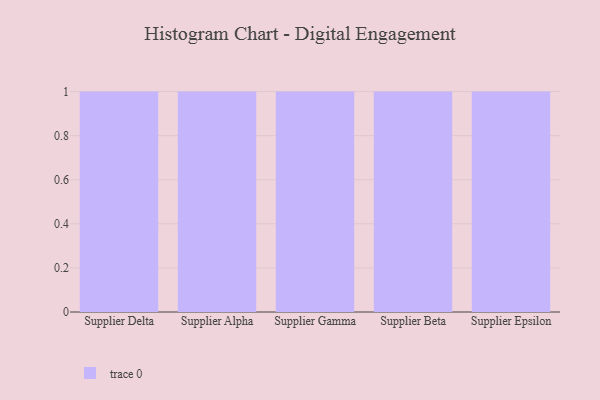
{"axis": {"x": "Supplier", "y": "Headcount"}, "legend": [""], "data": [{"x": "Supplier Delta", "y": 17, "type": ""}, {"x": "Supplier Alpha", "y": 91, "type": ""}, {"x": "Supplier Gamma", "y": 16, "type": ""}, {"x": "Supplier Beta", "y": 61, "type": ""}, {"x": "Supplier Epsilon", "y": 24, "type": ""}]}